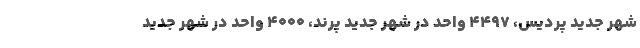
شهر جدید پردیس، ۴۴۹۷ واحد در شهر جدید پرند، ۴۰۰۰ واحد در شهر جدید